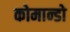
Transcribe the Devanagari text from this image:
कोमान्डो